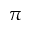
\pi